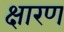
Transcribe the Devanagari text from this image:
क्षारण